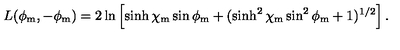
L ( \phi _ { \mathrm { m } } , - \phi _ { \mathrm { m } } ) = 2 \ln \left[ \sinh \chi _ { \mathrm { m } } \sin \phi _ { \mathrm { m } } + ( \sinh ^ { 2 } \chi _ { \mathrm { m } } \sin ^ { 2 } \phi _ { \mathrm { m } } + 1 ) ^ { 1 / 2 } \right] .